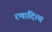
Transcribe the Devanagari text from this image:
रणादित्य